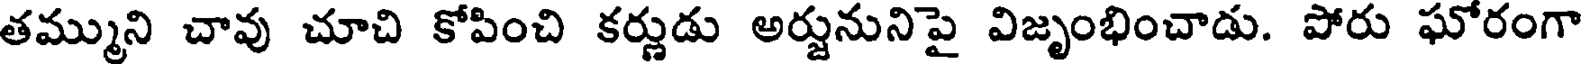
తమ్ముని చావు చూచి కోపించి కర్ణుడు అర్జునునిపై విజృంభించాడు. పోరు ఘోరంగా